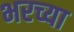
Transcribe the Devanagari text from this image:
भरच्या